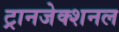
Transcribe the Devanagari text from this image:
ट्रानजेक्शनल